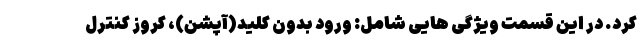
کرد. در این قسمت ویژگی هایی شامل: ورود بدون کلید(آپشن)، کروز کنترل